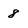
Character: 8